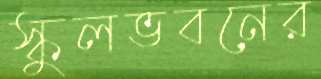
স্কুলভবনের